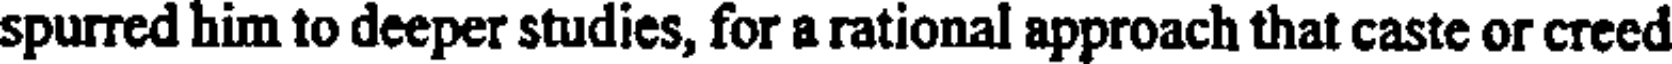
spurred him to deeper studies, for a rational approach that caste or creed